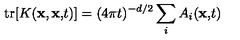
\mathrm { t r } [ K ( { \bf x , x , } t ) ] = ( 4 \pi t ) ^ { - d / 2 } \sum _ { i } A _ { i } ( { \bf x , } t { \bf ) }